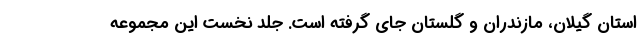
استان گیلان، مازندران و گلستان جای گرفته است. جلد نخستِ این مجموعه